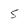
Character: 5